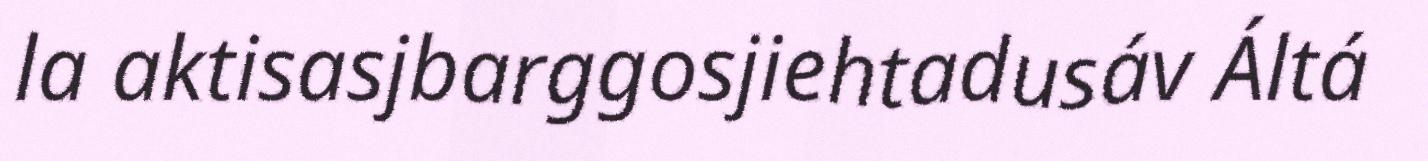
la aktisasjbarggosjiehtadusáv Áltá